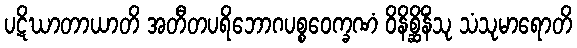
ပဋိဃာတာယာတိ အတီတပရိဘောဂပစ္စဝေက္ခဏံ ဝိနိစ္ဆိနိံသု သံသုမာရောတိ